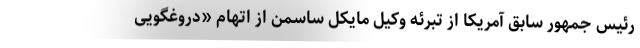
رئیس جمهور سابق آمریکا از تبرئه وکیل مایکل ساسمن از اتهام «دروغگویی